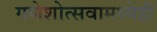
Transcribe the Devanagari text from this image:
गणेशोत्सवामध्येही